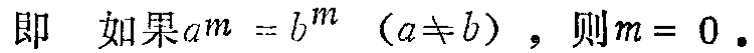
即 如果\(a^{m} = b^{m}\)（\(a\neq b\)），则\(m = 0\)。